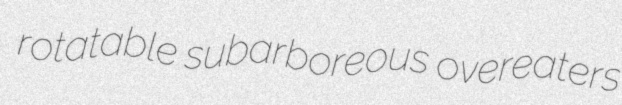
rotatable subarboreous overeaters